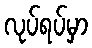
လုပ်ရပ်မှာ